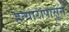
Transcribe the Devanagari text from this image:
हत्यारापासून